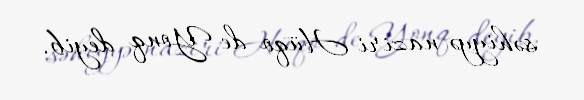
səhiyyə naziri Hüqo de Yonq deyib.